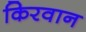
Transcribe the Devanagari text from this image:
किरवान